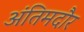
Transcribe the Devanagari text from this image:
अंतिमदौर